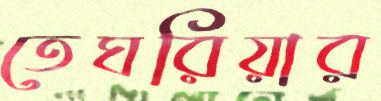
তেঘরিয়ার